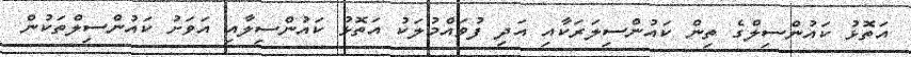
އަތޮޅު ކައުންސިލްގެ ތިން ކައުންސިލަރަކާއި އަދި ފުވައްމުލަކު އަތޮޅު ކައުންސިލާއި އަވަށު ކައުންސިލްތަކުން